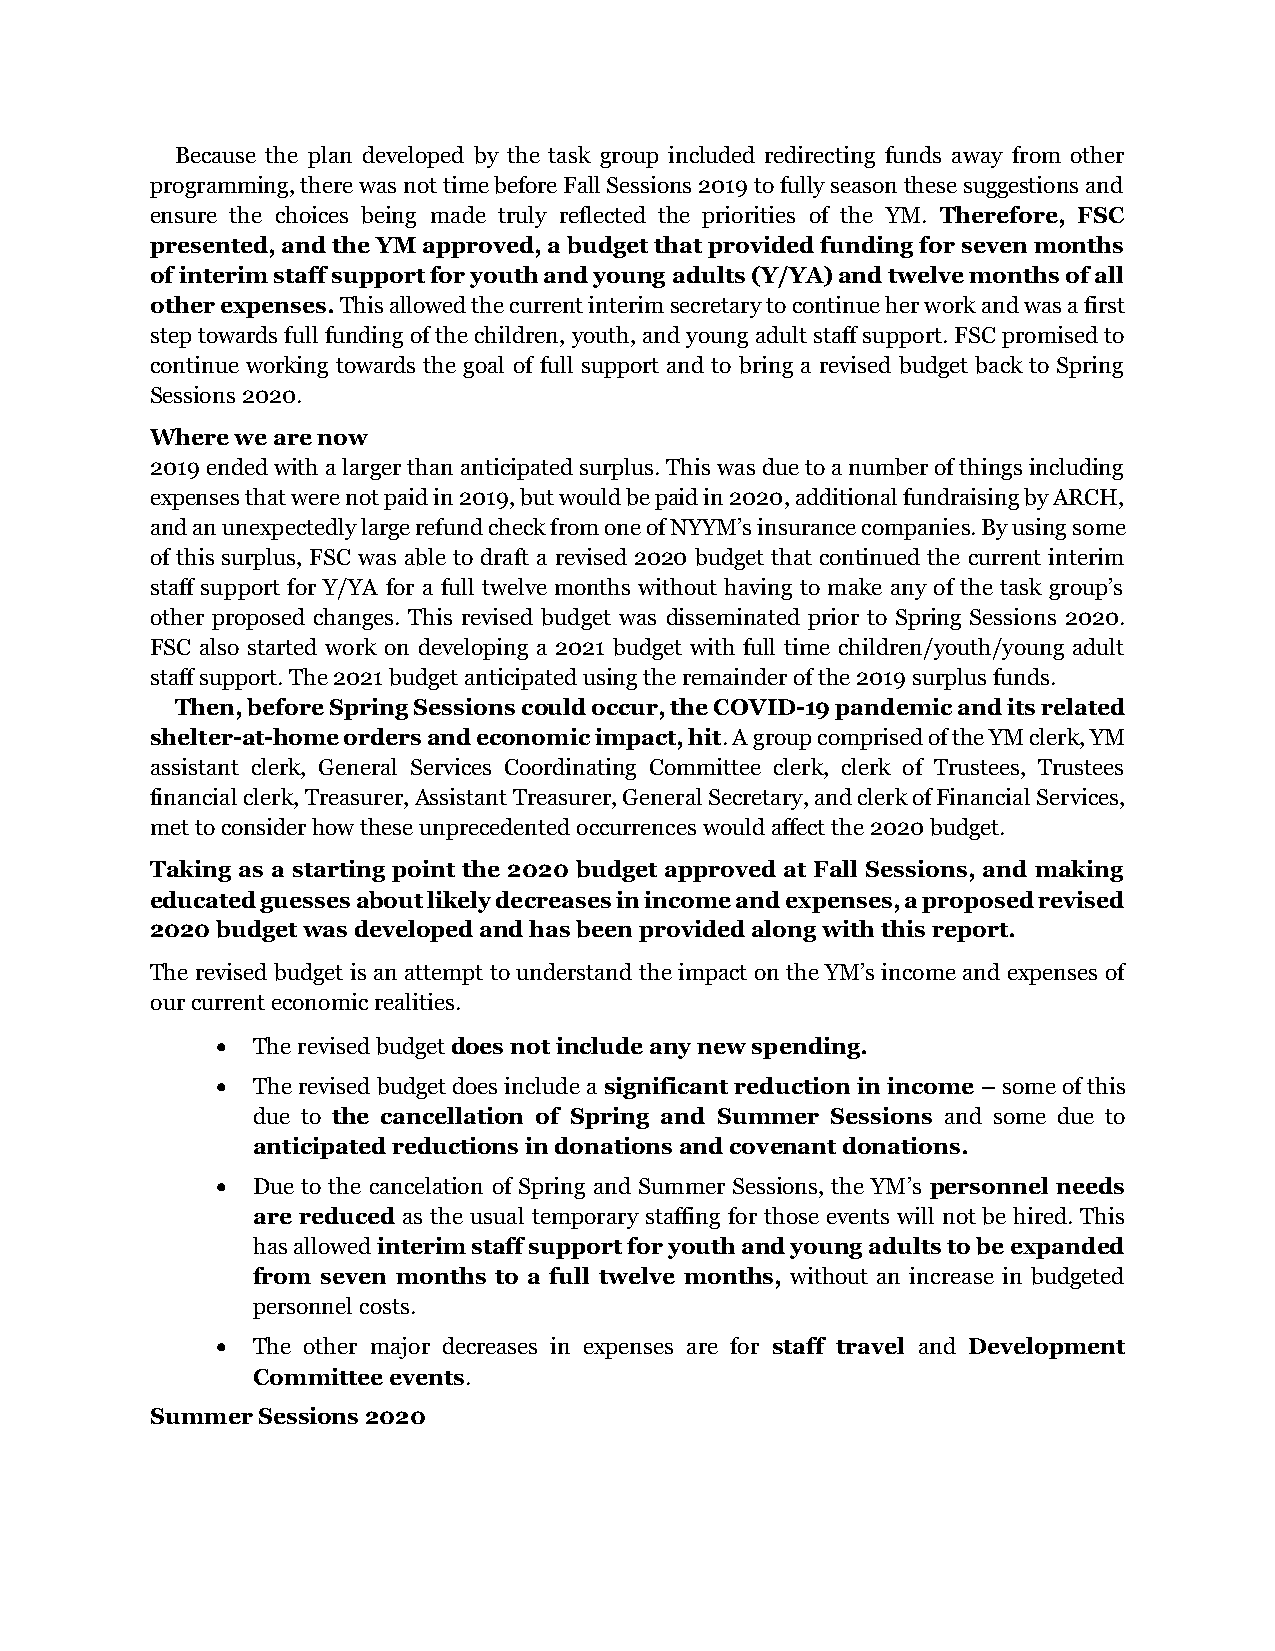
Because the plan developed by the task group included redirecting funds away from other
 programming, there was not time before Fall Sessions 2019 to fully season these suggestions and
 ensure the choices being made truly reflected the priorities of the YM. Therefore, FSC
 presented, and the YM approved, a budget that provided funding for seven months
 of interim staff support for youth and young adults (Y/YA) and twelve months of all
 other expenses. This allowed the current interim secretary to continue her work and was a first
 step towards full funding of the children, youth, and young adult staff support. FSC promised to
 continue working towards the goal of full support and to bring a revised budget back to Spring
 Sessions 2020.
 Where we are now
 2019 ended with a larger than anticipated surplus. This was due to a number of things including
 expenses that were not paid in 2019, but would be paid in 2020, additional fundraising by ARCH,
 and an unexpectedly large refund check from one of NYYM’s insurance companies. By using some
 of this surplus, FSC was able to draft a revised 2020 budget that continued the current interim
 staff support for Y/YA for a full twelve months without having to make any of the task group’s
 other proposed changes. This revised budget was disseminated prior to Spring Sessions 2020.
 FSC also started work on developing a 2021 budget with full time children/youth/young adult
 staff support. The 2021 budget anticipated using the remainder of the 2019 surplus funds.
 Then, before Spring Sessions could occur, the COVID-19 pandemic and its related
 shelter-at-home orders and economic impact, hit. A group comprised of the YM clerk, YM
 assistant clerk, General Services Coordinating Committee clerk, clerk of Trustees, Trustees
 financial clerk, Treasurer, Assistant Treasurer, General Secretary, and clerk of Financial Services,
 met to consider how these unprecedented occurrences would affect the 2020 budget.
 Taking as a starting point the 2020 budget approved at Fall Sessions, and making
 educated guesses about likely decreases in income and expenses, a proposed revised
 2020 budget was developed and has been provided along with this report.
 The revised budget is an attempt to understand the impact on the YM’s income and expenses of
 our current economic realities.
 •  The revised budget does not include any new spending.
 •  The revised budget does include a significant reduction in income – some of this
 due to the cancellation of Spring and Summer Sessions and some due to
 anticipated reductions in donations and covenant donations.
 •  Due to the cancelation of Spring and Summer Sessions, the YM’s personnel needs
 are reduced as the usual temporary staffing for those events will not be hired. This
 has allowed interim staff support for youth and young adults to be expanded
 from seven months to a full twelve months, without an increase in budgeted
 personnel costs.
 •  The other major decreases in expenses are for staff travel and Development
 Committee events.
 Summer Sessions 2020